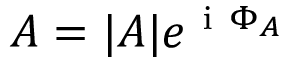
A = | A | e ^ { \mathrm { ~ i ~ } \Phi _ { A } }